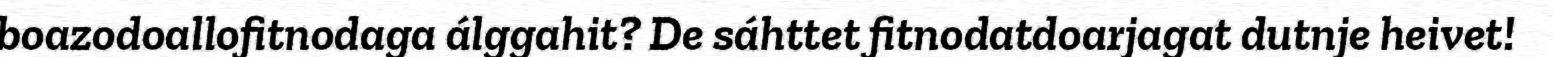
boazodoallofitnodaga álggahit? De sáhttet fitnodatdoarjagat dutnje heivet!